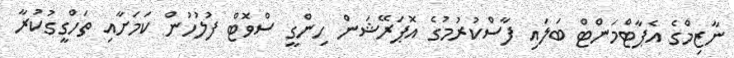
ނާޒިމްގެ އެޕާޓްމަންޓް ބަލައި ފާސްކުރުމުގެ އޮޕަރޭޝަން ހިންގީ ސްވޮޓް ފުލުހުން ކަމަށާއި ތަހްގީގުކުރާ